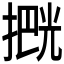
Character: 𫽶